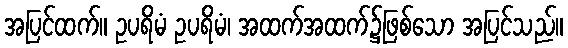
အပြင်ထက်။ ဥပရိမံ ဥပရိမံ၊ အထက်အထက်၌ဖြစ်သော အပြင်သည်။